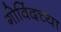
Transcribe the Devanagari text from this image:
गोविंदच्या